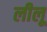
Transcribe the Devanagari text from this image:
लीलू